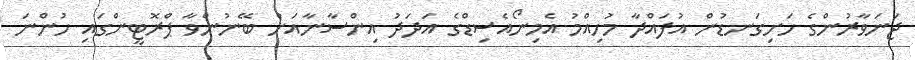
ޖަނަވާރުންގެ ހަށިގަނޑުން އުފައްދާ މުހިއްމު އެމިނޯއެސިޑްގެ އަދަދު އިންސާނާއަށް ބޭނުންވާ ޕްރޮޓީންގައި ހުންނަ